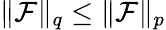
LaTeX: \| \mathcal{F}\| _{q}\leq\| \mathcal{F}\| _{p}